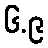
၆.၉